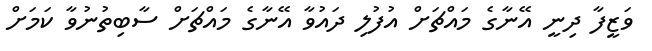
ވަޒީފާ ދިނީ އޭނާގެ މައްޗަށް އުފުލި ދައުވާ އޭނާގެ މައްޗަށް ސާބިތުނުވާ ކަމަށް